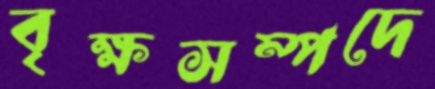
বৃক্ষসম্পদে